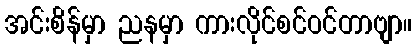
အင်းစိန်မှာ ညနမှာ ကားလိုင်စင်ဝင်တာဗျာ။